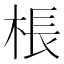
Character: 棖